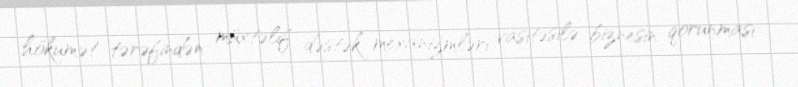
hökumət tərəfindən müxtəlif dəstək mexanizmləri vasitəsilə biznesin qorunması